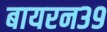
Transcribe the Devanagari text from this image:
बायरन३९